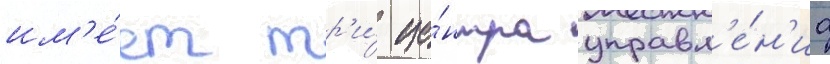
им'е́ет тр'и́ це́нтра управл'е́н'иа